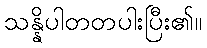
သန္နိပါတတပါးပြီး၏။